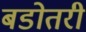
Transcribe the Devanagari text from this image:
बडोतरी